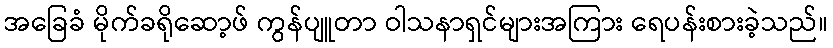
အခြေခံ မိုက်ခရိုဆော့ဖ် ကွန်ပျူတာ ဝါသနာရှင်များအကြား ရေပန်းစားခဲ့သည်။